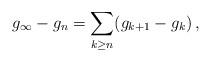
LaTeX: \begin{align*}g_\infty - g_n = \sum_{k \ge n} ( g_{k+1} - g_k) \, , \end{align*}